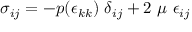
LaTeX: \sigma _ { i j } = - p ( \epsilon _ { k k } ) ~ \delta _ { i j } + 2 ~ \mu ~ \epsilon _ { i j }